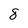
Character: 8